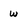
Character: w